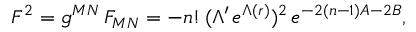
F ^ { 2 } = g ^ { M N } \, F _ { M N } = - n ! \, ( \Lambda ^ { \prime } \, e ^ { \Lambda ( r ) } ) ^ { 2 } \, e ^ { - 2 ( n - 1 ) A - 2 B } ,